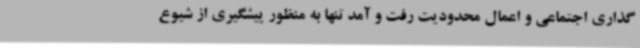
گذاری اجتماعی و اعمال محدودیت رفت و آمد تنها به منظور پیشگیری از شیوع